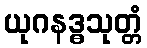
ယုဂနဒ္ဓသုတ္တံ